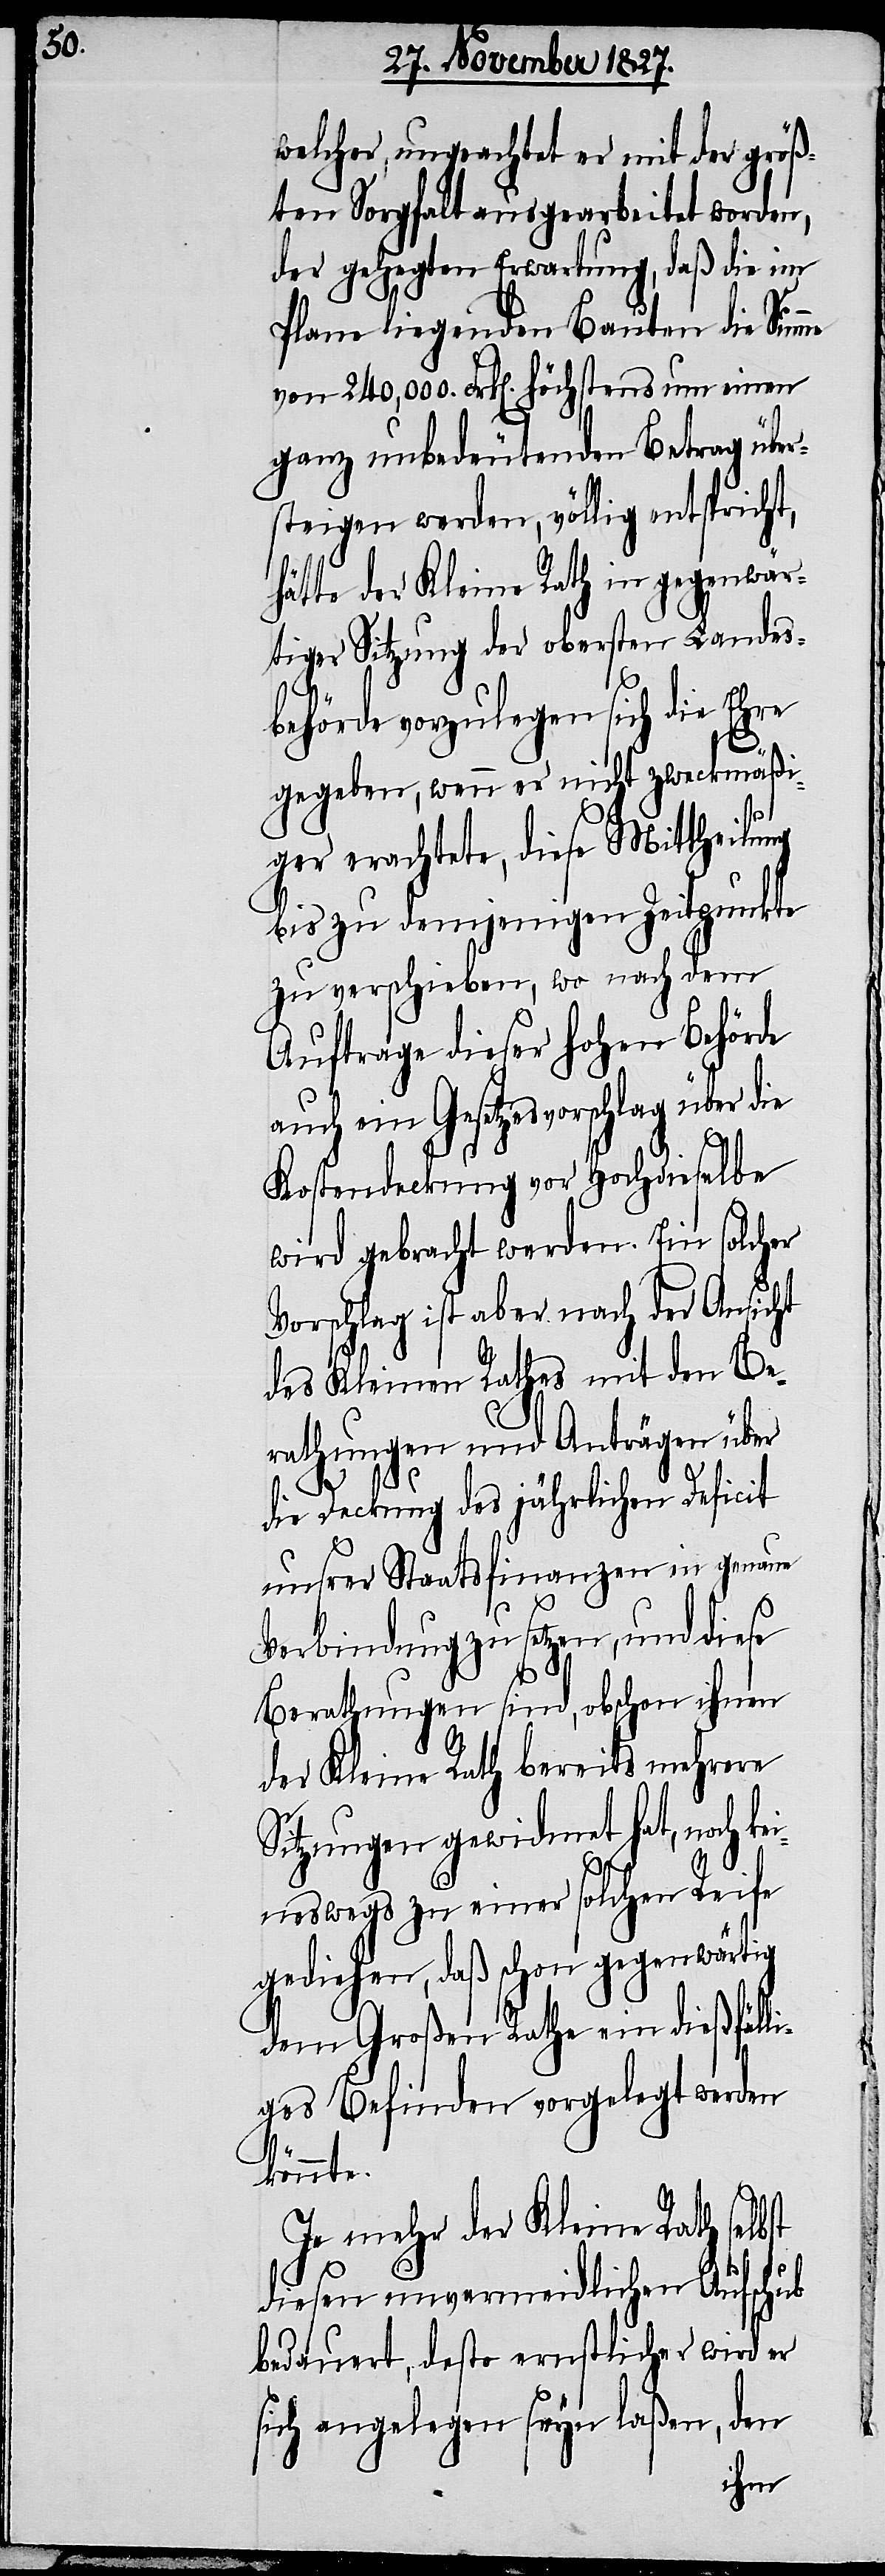
welcher, ungeachtet er mit der größ¬
ten Sorgfalt ausgearbeitet worden,
der gehegten Erwartung, daß die im
Plane liegenden Bauten die Sum¬
von 240'000. Frk[en]. höchstens um einen
ganz unbedeutenden Betrag über¬
steigen werden, völlig entspricht,
hätte der Kleine Rath in gegenwär¬
tiger Sitzung der obersten Landes¬
behörde vorzulegen sich die Ehre
gegeben, wenn er nicht zweckmäßi¬
g erachtete, diese Mittheilung
bis zu demjenigen Zeitpuncte
zu verschieben, wo nach dem
Auftrage dieser hohen Behörde
auch ein Gesetzesvorschlag über die
Kostendeckung vor Hochdieselbe
wird gebracht werden. Ein solcher
Vorschlag ist aber nach der Ansicht
des Kleinen Rathes mit den Be¬
rathungen und Anträgen über
me
die Deckung des jährlichen Deficit
unsrer Staatsfinanzen in genaue
Verbindung zu setzen, und diese
Berathungen sind, obschon ihnen
der Kleine Rath bereits mehrere
Sitzungen gewidmet hat, noch k¬
eineswegs zu einer solchen Reife
gediehen, daß schon gegenwärtig
dem Großen Rathe ein dießfäll¬
iges Befinden vorgelegt werden
könnte.
Je mehr der Kleine Rath selbst
diesen unvermeidlichen Aufschub
bedauert, desto ernstlicher wird er
sich angelegen seyn laßen, den